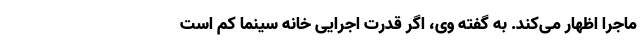
ماجرا اظهار می‌کند. به گفته وی، اگر قدرت اجرایی خانه سینما کم است